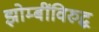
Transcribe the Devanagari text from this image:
झोम्बींविरुद्ध